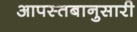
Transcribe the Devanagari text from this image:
आपस्तबानुसारी